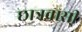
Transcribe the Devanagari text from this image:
छात्रवासी